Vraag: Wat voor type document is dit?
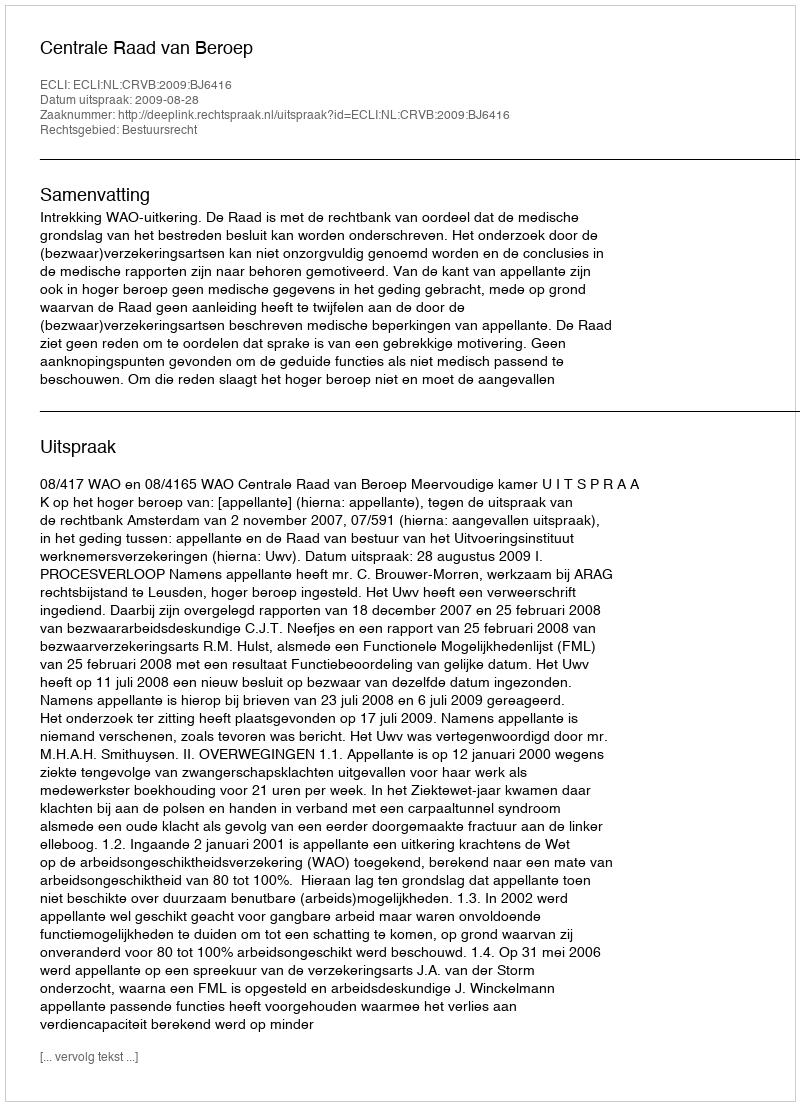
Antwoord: Uitspraak